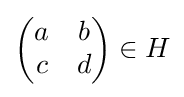
{\begin{pmatrix}a&b\\c&d\end{pmatrix}}\in H